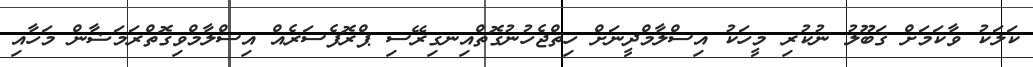
ކަލަކު ވާކަމަށް ޤަބޫލު ނުކުރި މީހަކު އިސްލާމްދީނަށް ހިތްޖެހުނުގޮތްއިނގިރޭސި ޕްރޮފެސަރެއް އިސްލާމްވިގޮތްރަމަޟާން މަހާއި